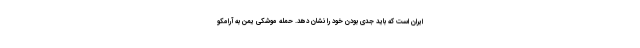
ایران است که باید جدی بودن خود را نشان دهد. حمله موشکی یمن به آرامکو